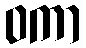
ဝကာ